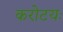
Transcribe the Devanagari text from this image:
करोटयः